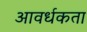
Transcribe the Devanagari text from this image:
आवर्धकता